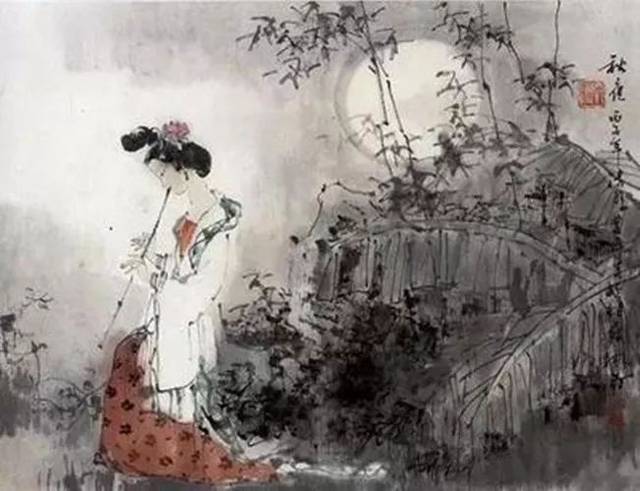
穿针人在合欢楼，正月露玉盘高泻。